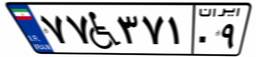
۴۱W۸۵۵۴۶